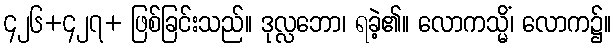
၄၂၆+၄၂၇+ ဖြစ်ခြင်းသည်။ ဒုလ္လဘော၊ ရခဲ့၏။ လောကသ္မိံ၊ လောက၌။